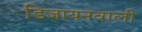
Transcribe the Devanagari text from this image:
डिजायनवाली